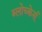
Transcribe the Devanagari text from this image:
ब्लोच्केर्स्